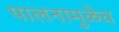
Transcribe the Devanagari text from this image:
पालनामुळेच